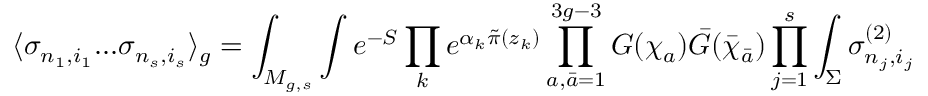
\langle \sigma _ { n _ { 1 } , i _ { 1 } } . . . \sigma _ { n _ { s } , i _ { s } } \rangle _ { g } = \int _ { { \cal M } _ { g , s } } \int e ^ { - S } \prod _ { k } e ^ { \alpha _ { k } { \tilde { \pi } } ( z _ { k } ) } \prod _ { a , { \bar { a } } = 1 } ^ { 3 g - 3 } G ( \chi _ { a } ) { \bar { G } } ( { \bar { \chi } } _ { \bar { a } } ) \prod _ { j = 1 } ^ { s } \int _ { \Sigma } \sigma _ { n _ { j } , i _ { j } } ^ { ( 2 ) }